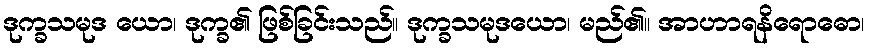
ဒုက္ခသမုဒ ယော၊ ဒုက္ခ၏ ဖြစ်ခြင်းသည်။ ဒုက္ခသမုဒယော၊ မည်၏။ အာဟာရနိရောဓော၊